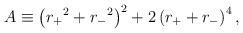
\begin{align*}A \equiv \left( {r_+}^2 + {r_-}^2\right)^2 + 2\left( r_+ + r_-\right)^4, \end{align*}